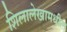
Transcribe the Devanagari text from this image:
शिलालेखामधील